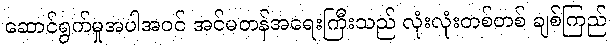
ဆောင်ရွက်မှုအပါအဝင် အင်မတန်အရေးကြီးသည် လုံးလုံးတစ်တစ် ချစ်ကြည်